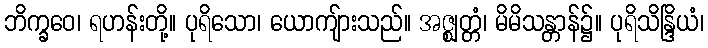
ဘိက္ခဝေ၊ ရဟန်းတို့။ ပုရိသော၊ ယောကျ်ားသည်။ အဇ္ဈတ္တံ၊ မိမိသန္တာန်၌။ ပုရိသိန္ဒြိယံ၊